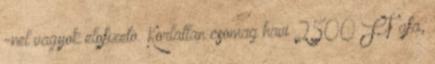
-nel vagyok elofizeto. Korlatlan csomag havi 2500 FT afa,